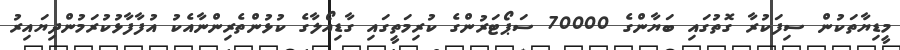
މީޑިޔާތަކުން ސިފަކުރާ ގޮތުގައި ބަޔާންގެ 70000 ސަޕޯޓަރުންގެ ކުރިމަތީގައި ގާޑިއޯލާގެ ކުޅުންތެރިންނާއެކު އުފާފާޅުކުރަމުންދިޔައިރު